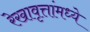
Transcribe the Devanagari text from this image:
रेखावृत्तांमध्ये